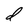
Character: d